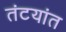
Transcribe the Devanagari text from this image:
तंटयांत